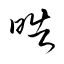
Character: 皓